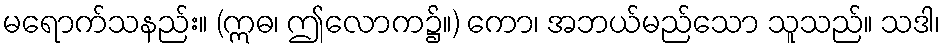
မရောက်သနည်း။ (ဣဓ၊ ဤလောက၌။) ကော၊ အဘယ်မည်သော သူသည်။ သဒါ၊